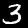
Label: 3